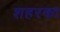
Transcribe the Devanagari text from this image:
शहरका